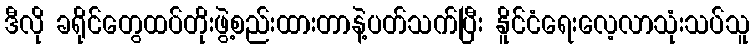
ဒီလို ခရိုင်တွေထပ်တိုးဖွဲ့စည်းထားတာနဲ့ပတ်သက်ပြီး နိူင်ငံရေးလေ့လာသုံးသပ်သူ